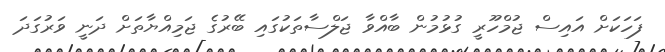
ފަހަކަށް އައިސް ޖުމްހޫރީ ގުޅުމުން ބާއްވާ ޖަލްސާތަކުގައި ބޭރުގެ ޖަމިއްޔާތަށް ދަނީ ވަރުގަދަ